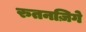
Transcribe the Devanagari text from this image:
रुतनज़िगे